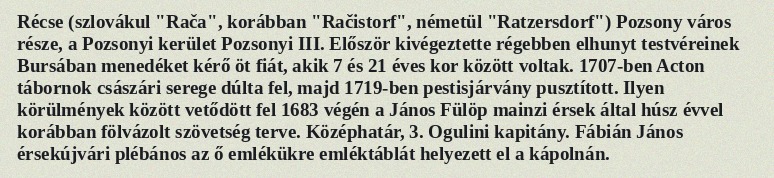
Récse (szlovákul "Rača", korábban "Račistorf", németül "Ratzersdorf") Pozsony város része, a Pozsonyi kerület Pozsonyi III. Először kivégeztette régebben elhunyt testvéreinek Bursában menedéket kérő öt fiát, akik 7 és 21 éves kor között voltak. 1707-ben Acton tábornok császári serege dúlta fel, majd 1719-ben pestisjárvány pusztított. Ilyen körülmények között vetődött fel 1683 végén a János Fülöp mainzi érsek által húsz évvel korábban fölvázolt szövetség terve. Középhatár, 3. Ogulini kapitány. Fábián János érsekújvári plébános az ő emlékükre emléktáblát helyezett el a kápolnán.